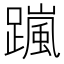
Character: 𨅏